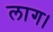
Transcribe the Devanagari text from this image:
लाग।